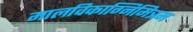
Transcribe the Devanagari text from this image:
मालविकाग्निमित्रम